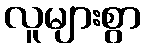
လူများစွာ